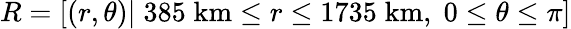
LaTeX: R=\left[\left(r,\theta\right)|\; 385\; \mathrm{km}\leq r\leq 1735\; \mathrm{km},\; 0\leq\theta\leq\pi\right]